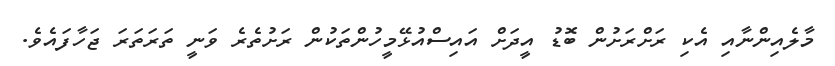
މާލެއިންނާއި އެކި ރަށްރަށުން ބޮޑު އީދަށް އައިސްއުޅޭމީހުންތަކުން ރަށުތެރެ ވަނީ ތަރަތަރަ ޖަހާފައެވެ.